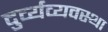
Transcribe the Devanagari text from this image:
दुर्व्यव्यवस्था